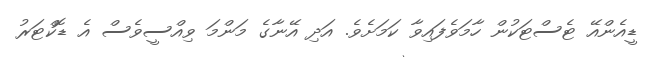
ޑީއެންއޭ ޓެސްޓަކުން ހާމަވެފައިވާ ކަމަށެވެ. އަދި އޭނާގެ މަންމަ ވިއްސީވެސް އެ ޑޮކްޓަރު